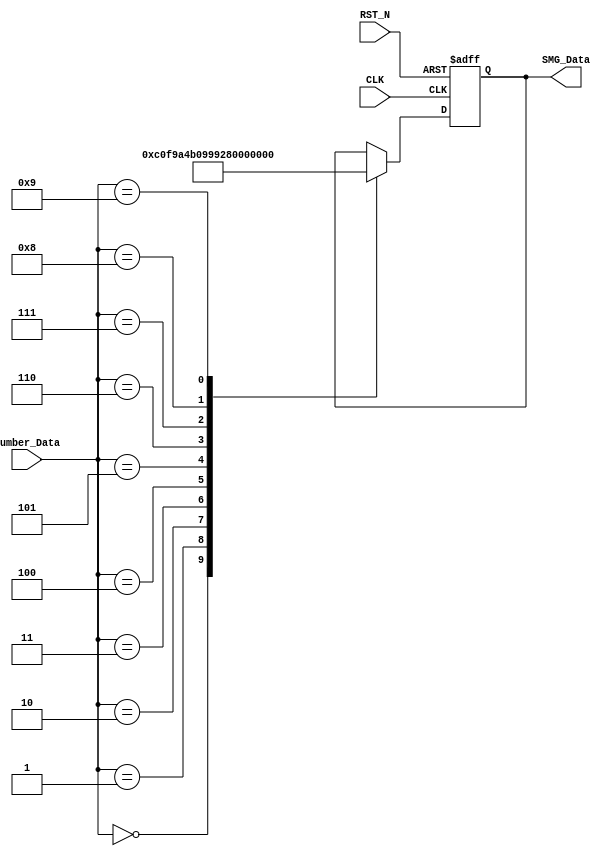
module smg_encode_module
(
	CLK,RST_N,
	Number_Data,
	SMG_Data
);

input CLK;
input RST_N;
input[3:0] Number_Data;
output[7:0] SMG_Data;

/***************************************************/

	parameter seg0 = 8'hc0, seg1 = 8'hf9,
			    seg2 = 8'ha4, seg3 = 8'hb0,
			    seg4 = 8'h99, seg5 = 8'h92,
			    seg6 = 8'h82, seg7 = 8'hf8,
			    seg8 = 8'h80, seg9 = 8'h90,
			    sega = 8'h88, segb = 8'h83,
			    segc = 8'hc6, segd = 8'ha1,
			    sege = 8'h86, segf = 8'h8e;

/***************************************************/

reg[7:0] rSMG;

always@(posedge CLK or negedge RST_N)
	if(!RST_N)
		begin
			rSMG <= 8'hff;
		end
   else 
		case(Number_Data)
		
			4'd0: rSMG <= seg0;	
			4'd1: rSMG <= seg1;	
			4'd2: rSMG <= seg2;	
			4'd3: rSMG <= seg3;
			4'd4: rSMG <= seg4;	
			4'd5: rSMG <= seg5;
			4'd6: rSMG <= seg6;	
			4'd7: rSMG <= seg7;
         4'd8: rSMG <= seg8;
			4'd9: rSMG <= seg9;
		endcase
/***************************************************************/

assign SMG_Data = rSMG;

/***************************************************************/

endmodule